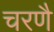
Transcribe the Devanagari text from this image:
चरणै